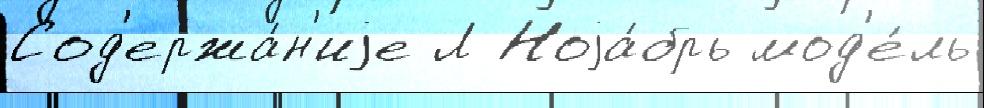
Сод'ержа́н'иjе Л Ноjа́брь мод'е́ль